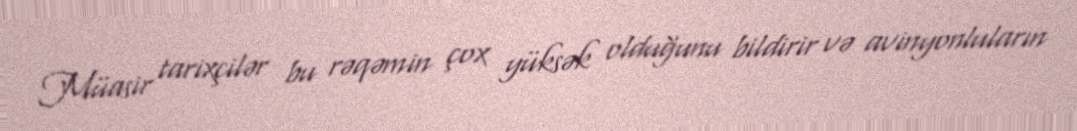
Müasir tarixçilər bu rəqəmin çox yüksək olduğunu bildirir və avinyonluların